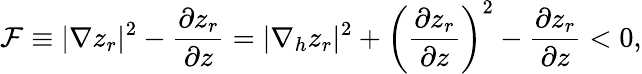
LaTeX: {\cal F}\equiv|\nabla z_{r}|^{2}-\frac{\partial z_{r}}{\partial z}=|\nabla_{h}z_{r}|^{2}+\left(\frac{\partial z_{r}}{\partial z}\right)^{2}-\frac{\partial z_{r}}{\partial z}<0,